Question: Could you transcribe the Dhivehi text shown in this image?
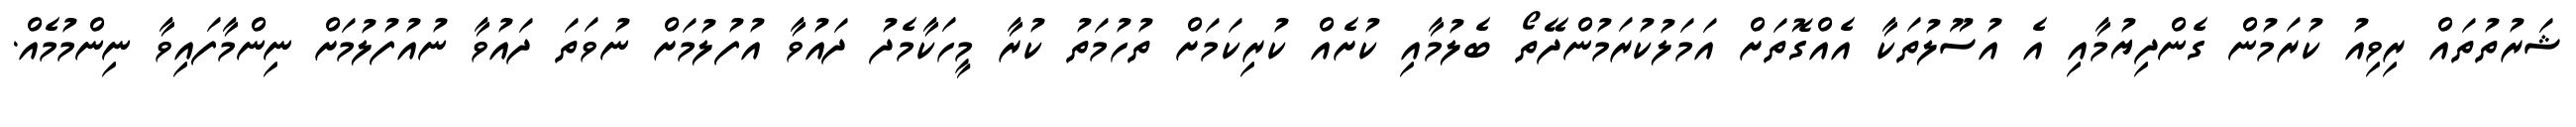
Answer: ޝަރުތުތައް ރިވިއު ކުރަމުން ގެންދިޔުމާއި އެ އުސޫލުތަކާ އެއްގޮތަށް އަމަލުކުރަމުންދޭތޯ ބެލުމާއި ކުށެއް ކުރިކަމަށް ތުހުމަތު ކުރާ މީހަކާމެދު ދައުވާ އުފުލުމަށް ނުވަތަ ދައުވާ ނުއުފުލުމަށް ނިންމާފައިވާ ނިންމުމެއް.